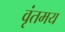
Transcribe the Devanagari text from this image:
वृंतमय